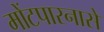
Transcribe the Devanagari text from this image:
मोंटपारनासे